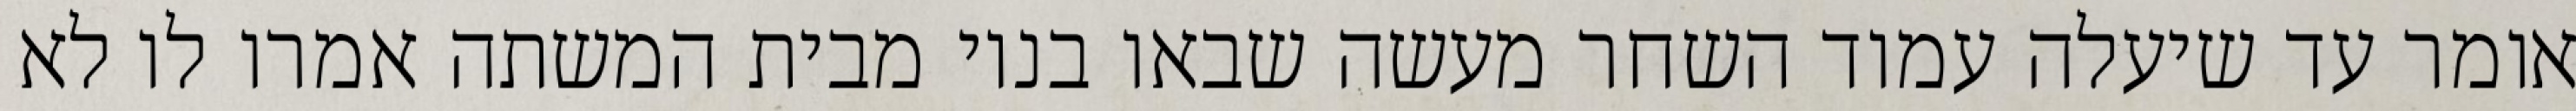
אומר עד שיעלה עמוד השחר מעשה שבאו בניו מבית המשתה אמרו לו לא